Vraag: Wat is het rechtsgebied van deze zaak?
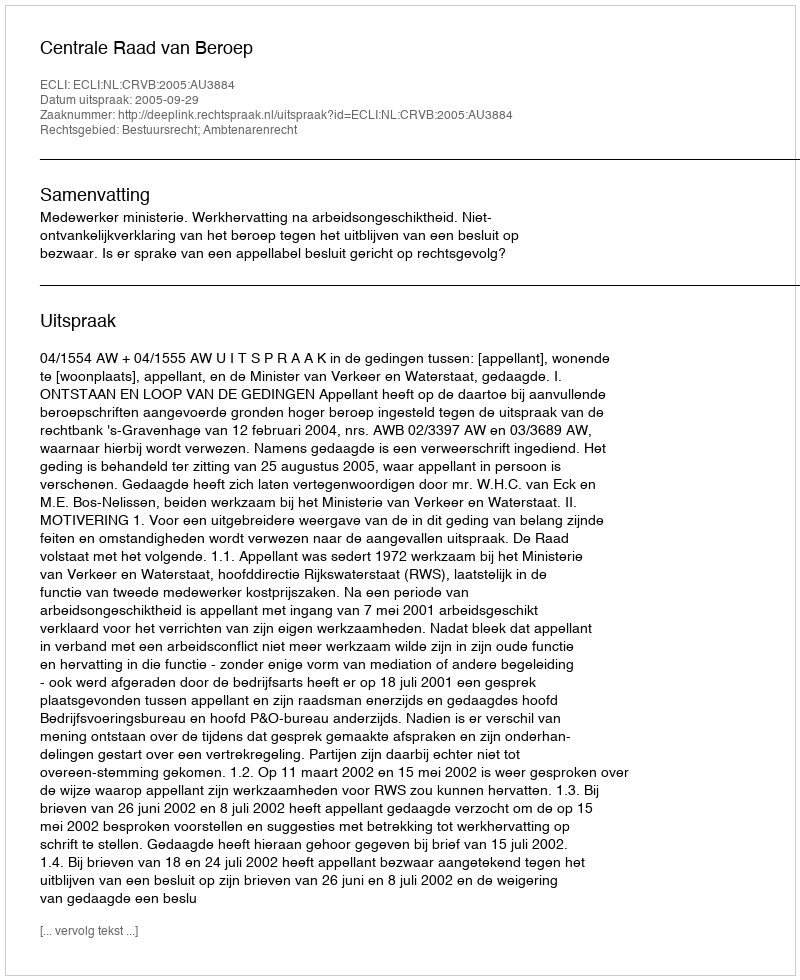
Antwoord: Bestuursrecht; Ambtenarenrecht